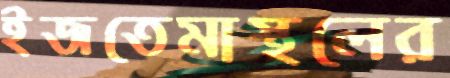
ইজতেমাস্থলের